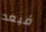
فبعد